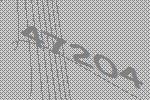
47204